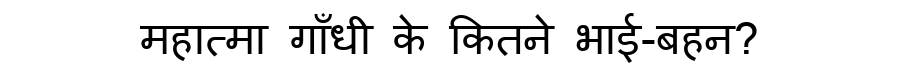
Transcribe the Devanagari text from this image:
महात्मा गाँधी के कितने भाई-बहन?